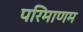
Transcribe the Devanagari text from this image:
परिमाणम